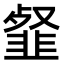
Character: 韰